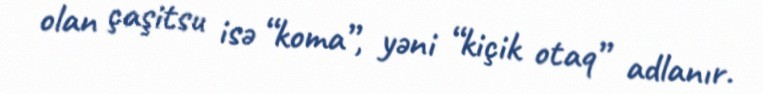
olan çaşitsu isə “koma”, yəni “kiçik otaq” adlanır.